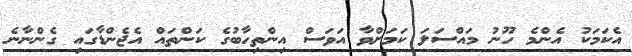
އެކަމަކު އެންމެ ހޫނު މައްސަލަ ކަމަށްވާ އަވަސް އިންތިހާބުގެ ކަންތައް އެޖެންޑާގައި ގެންނާނެ